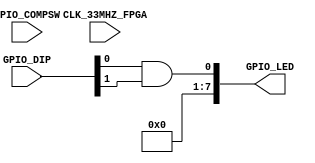
//-----------------------------------------------------------------------------
// UC Berkeley EECS 151/251A FPGA Lab
// Lab 0, Fall 2016
// Module: ml505top.v
// Desc: Talks to the world outside your design.
//-----------------------------------------------------------------------------

module ml505top (
	input  [4:0] GPIO_COMPSW,
	input  CLK_33MHZ_FPGA,
    input  [7:0] GPIO_DIP,
    output [7:0] GPIO_LED
);

    // AND gate example (LED 0 shows (GPIO 1)*(GPIO 2)):
    and (GPIO_LED[0], GPIO_DIP[0], GPIO_DIP[1]);
    
    assign GPIO_LED[7:1] = 0;

endmodule